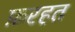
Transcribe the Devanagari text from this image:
फ़रहत